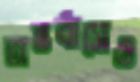
অন্তর্বাসেও